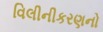
વિલીનીકરણનો